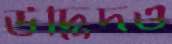
উদ্ভিদও